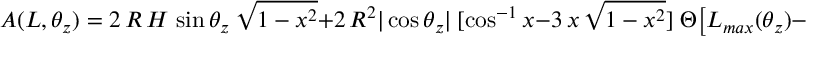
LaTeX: A ( L , \theta _ { z } ) = 2 \, R \, H \, \sin \theta _ { z } ~ \sqrt { 1 - x ^ { 2 } } + 2 \, R ^ { 2 } | \cos \theta _ { z } | ~ [ \cos ^ { - 1 } x - 3 \, x \, \sqrt { 1 - x ^ { 2 } } ] \; \Theta \bigl [ L _ { m a x } ( \theta _ { z } ) - L \bigr ] \; ,